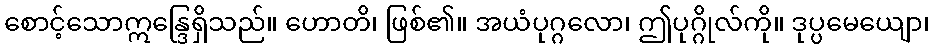
စောင့်သောဣန္ဒြေရှိသည်။ ဟောတိ၊ ဖြစ်၏။ အယံပုဂ္ဂလော၊ ဤပုဂ္ဂိုလ်ကို။ ဒုပ္ပမေယျော၊